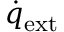
{ \dot { q } } _ { \mathrm { e x t } }